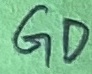
Text: GD